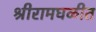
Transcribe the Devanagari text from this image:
श्रीरामघळीत